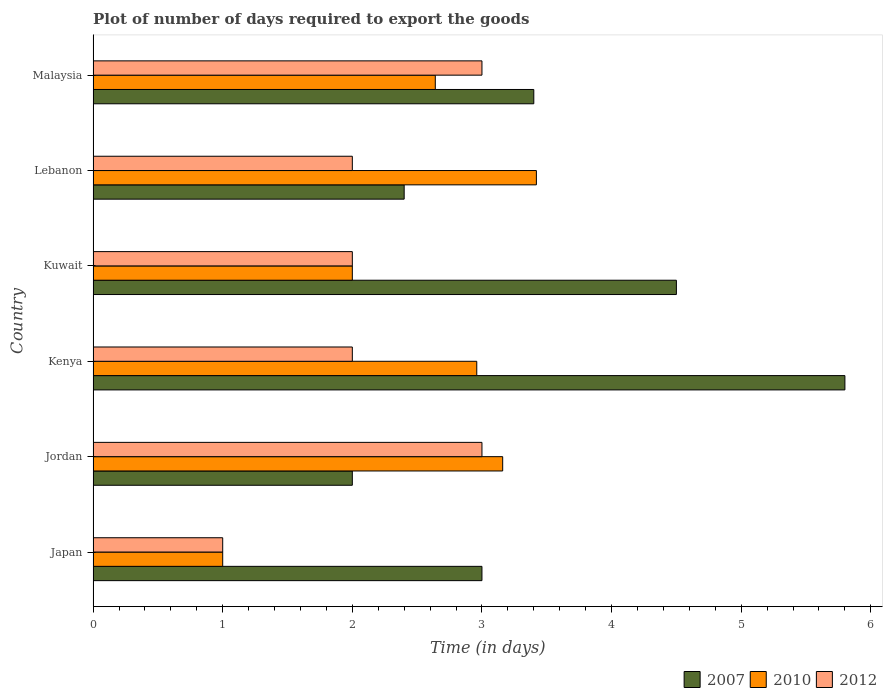
| Country | 2007 | 2010 | 2012 |
 | --- | --- | --- | --- |
 | Japan | 3 | 1 | 1 |
 | Jordan | 2 | 3.16 | 3 |
 | Kenya | 5.8 | 2.96 | 2 |
 | Kuwait | 4.5 | 2 | 2 |
 | Lebanon | 2.4 | 3.42 | 2 |
 | Malaysia | 3.4 | 2.64 | 3 |